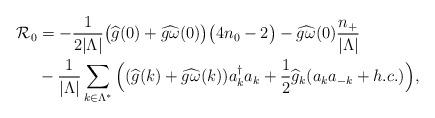
LaTeX: \begin{align*}\mathcal R_0&=-\frac{1}{2 \vert \Lambda \vert} \big( \widehat g (0) + \widehat{g \omega}(0) \big)\big(4n_{0}-2\big)-\widehat{g\omega} (0)\frac{n_{+}}{\vert \Lambda\vert}\\& - \frac{1}{\vert \Lambda \vert} \sum_{k \in \Lambda^*} \Big( (\widehat g(k) + \widehat{g \omega}(k)) a_k^\dagger a_k + \frac 1 2 \widehat g_k ( a_k a_{-k} + h.c.) \Big),\end{align*}